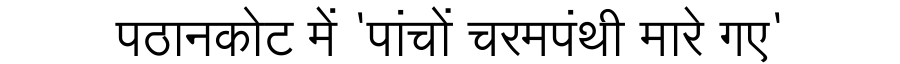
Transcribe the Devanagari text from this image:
पठानकोट में 'पांचों चरमपंथी मारे गए'